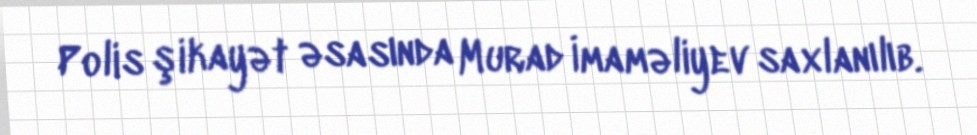
Polis şikayət əsasında Murad İmaməliyev saxlanılıb.